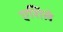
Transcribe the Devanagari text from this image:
एशिले